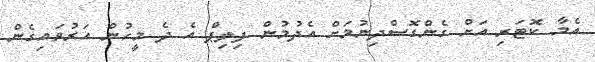
އެމާ ކޮޓަރި އަށް ގެންގޮސްދިނުމަށް އެދުމުން ފިލިޕް އެ ދެ މީހުން އަރުވައިގެން